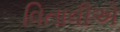
વિતાવીએ